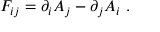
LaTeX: F _ { i j } = \partial _ { i } A _ { j } - \partial _ { j } A _ { i } \ .